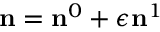
{ \bf n } = { \bf n } ^ { 0 } + \epsilon { \bf n } ^ { 1 }